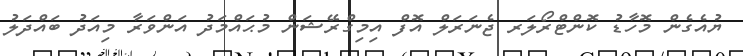
ޔުއެގެން މޮހާޑު ކޮންޓްރޯލަރ ޖެނަރަލް އޮފް އިމިގްރޭޝަން މުޙައްމަދު އަންވަރާ މިއަދު ބައްދަލު